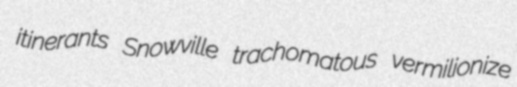
itinerants Snowville trachomatous vermilionize